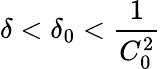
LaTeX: \delta<\delta_{0}<\frac{1}{C_{0}^{2}}